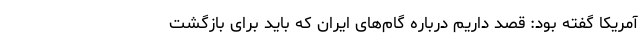
آمریکا گفته بود: قصد داریم درباره گام‌های ایران که باید برای بازگشت